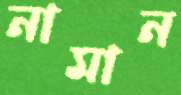
নামান